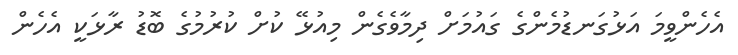
އެހެންވީމަ އަޅުގަނޑުމެންގެ ގައުމަށް ދިމާވެގެން މިއުޅޭ ކުށް ކުރުމުގެ ބޮޑު ރާޅަކީ އެހެން